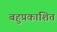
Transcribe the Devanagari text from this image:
बहुप्रकाशित